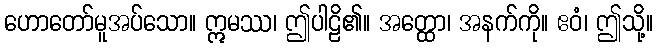
ဟောတော်မူအပ်သော။ ဣမဿ၊ ဤပါဠိ၏။ အတ္ထော၊ အနက်ကို။ ဧဝံ၊ ဤသို့။